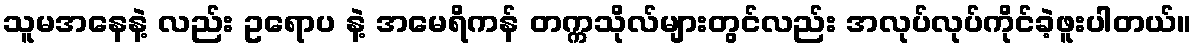
သူမအနေနဲ့ လည်း ဥရောပ နဲ့ အမေရိကန် တက္ကသိုလ်များတွင်လည်း အလုပ်လုပ်ကိုင်ခဲ့ဖူးပါတယ်။